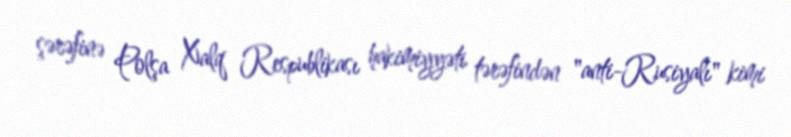
şərəfinə Polşa Xalq Respublikası hakimiyyəti tərəfindən "anti-Rusiyalı" kimi